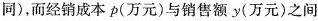
同)，而经销成本p(万元)与销售额y(万元)之间